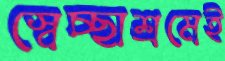
স্বেচ্ছাশ্রমেই